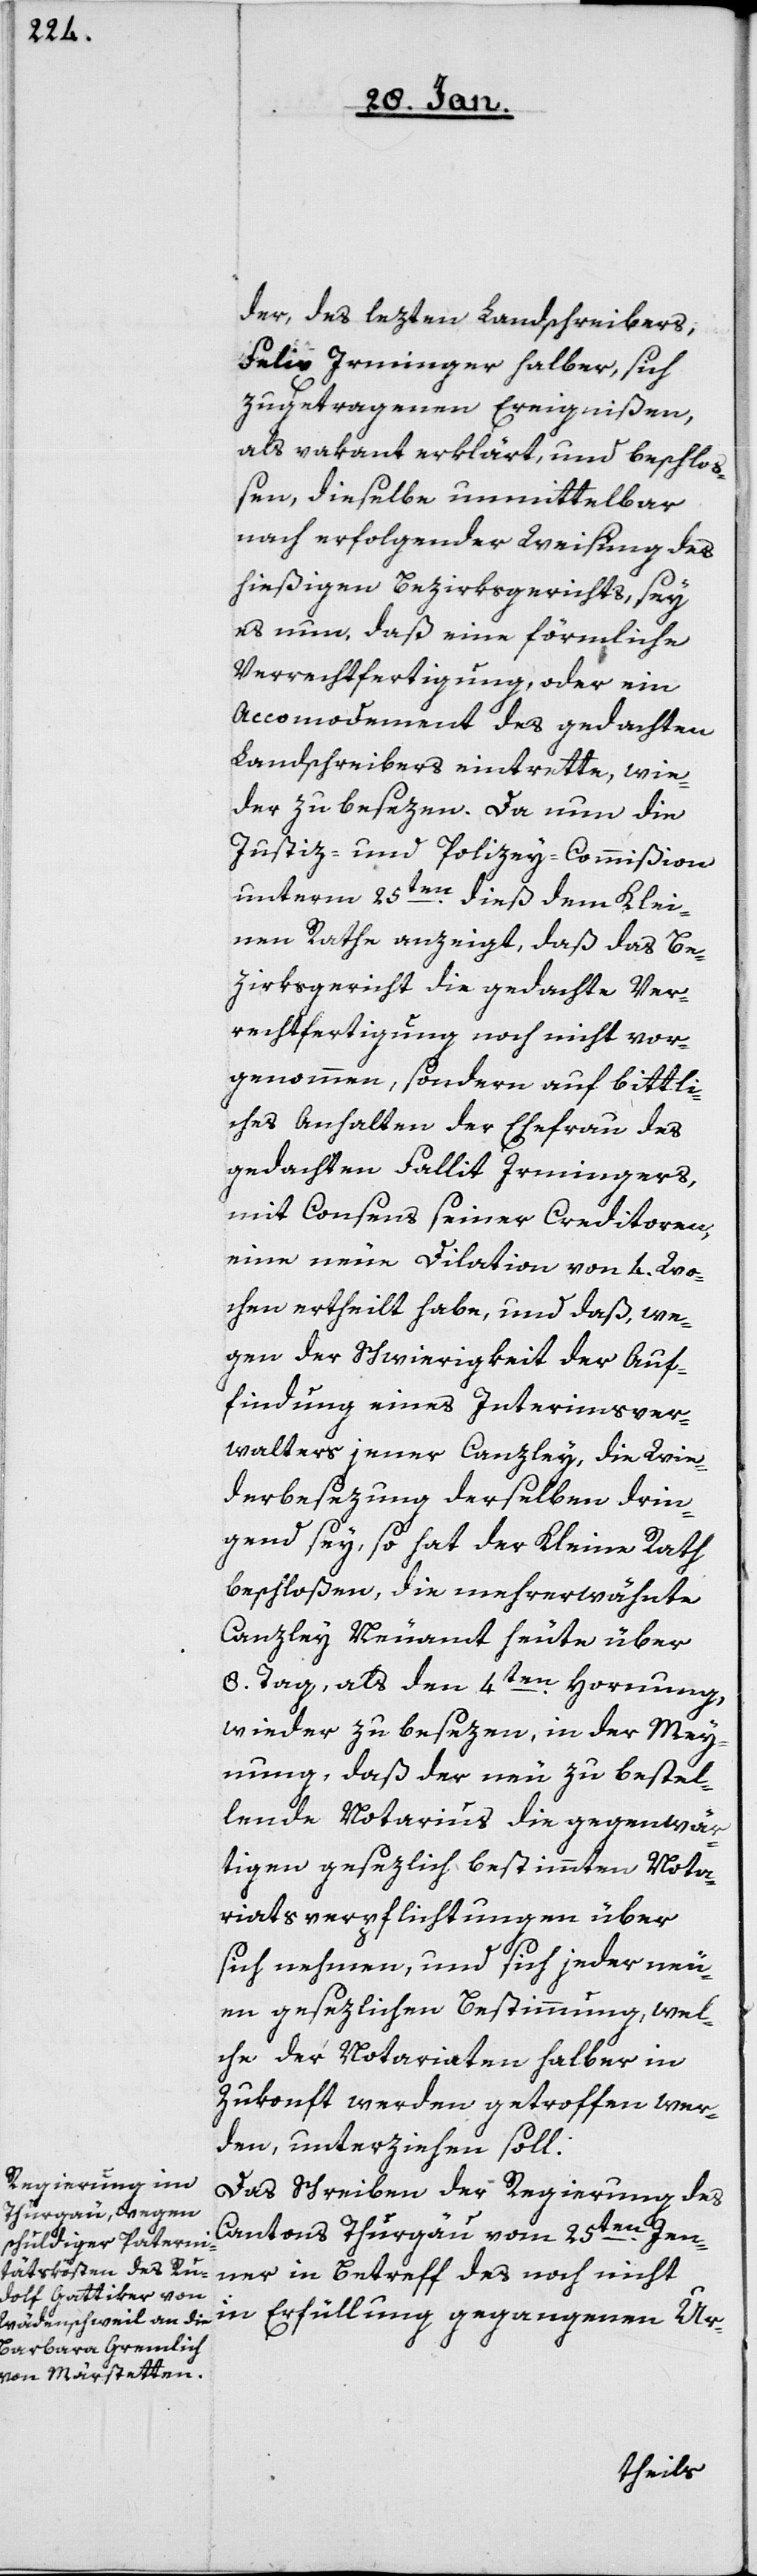
der, des lezten Landschreibers,
Felix Irminger halber, sich
zugetragenen Ereignißen,
als vakant erklärt, und beschlo¬
ßen, dieselbe unmittelbar
nach erfolgender Weisung des
hießigen Bezirkgerichts, sey
es nun, daß eine förmliche
Verrechtfertigung, oder ein
Accomodement des gedachten
Landschreibers eintrette, wie¬
der zu besezen. Da nun die
Justiz- und Polizey-Commißion
unterm 25sten. dieß dem Klei¬
nen Rathe anzeigt, daß das Be¬
zirksgericht die gedachte Ver¬
rechtfertigung noch nicht vor¬
genommen, sondern auf bittli¬
ches Anhalten der Ehefrau des
gedachten Fallit Irmingers,
mit Consens seiner Creditoren,
eine neue Dilation von 4. Wo¬
chen ertheilt habe, und daß, we¬
gen der Schwierigkeit der Auf¬
findung eines Interimsver¬
walters jener Canzley, die Wie¬
derbesezung derselben drin¬
gend sey, so hat der Kleine Rath
beschloßen, die mehrerwähnte
Canzley Neuamt heute über
8. Tag, als den 4ten. Hornung,
wieder zu besezen, in der Mey¬
nung, daß der neu zu bestel¬
lende Notarius die gegenwär¬
tigen gesezlich bestimmten Nota¬
riatsverpflichtungen über
sich nehmen, und sich jeder neu¬
en gesezlichen Bestimmung, wel¬
che der Notariaten halber in
Zukonft werden getroffen wer¬
den, unterziehen soll.
Das Schreiben der Regierung des
Cantons Thurgäu vom 25ten. Jen¬
ner in Betreff des noch nicht
in Erfüllung gegangenen Ur-